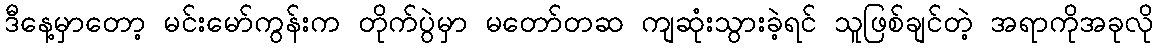
ဒီနေ့မှာတော့ မင်းမော်ကွန်းက တိုက်ပွဲမှာ မတော်တဆ ကျဆုံးသွားခဲ့ရင် သူဖြစ်ချင်တဲ့ အရာကိုအခုလို